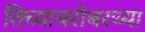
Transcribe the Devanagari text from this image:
तिच्याबरोबरच्या